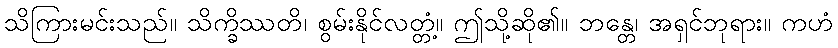
သိကြားမင်းသည်။ သိက္ခိဿတိ၊ စွမ်းနိုင်လတ္တံ့။ ဤသို့ဆို၏။ ဘန္တေ၊ အရှင်ဘုရား။ ကဟံ